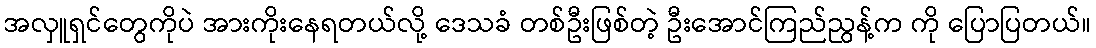
အလှူရှင်တွေကိုပဲ အားကိုးနေရတယ်လို့ ဒေသခံ တစ်ဦးဖြစ်တဲ့ ဦးအောင်ကြည်ညွန့်က ကို ပြောပြတယ်။